Report on vaccination proceedings throughout the Government of Bengal -
Year: 1868
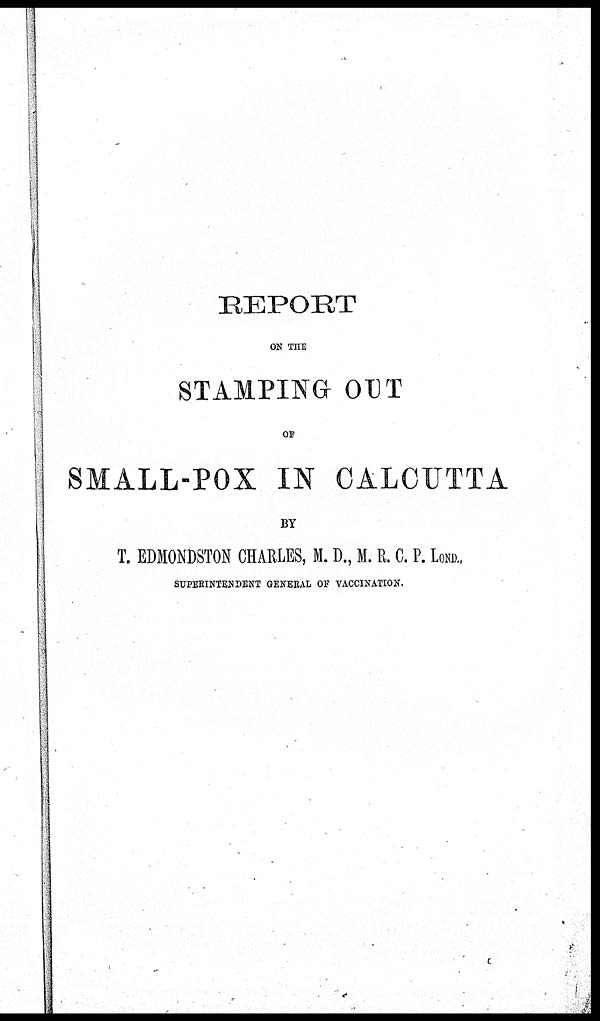
REPORT
ON THE
STAMPING OUT
OF
SMALL-POX IN CALCUTTA
BY
T. EDMONDSTON CHARLES, M. D., M. R. C. P. LOND.,
SUPERINTENDENT GENERAL OF VACCINATION.